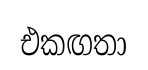
එකඟතා